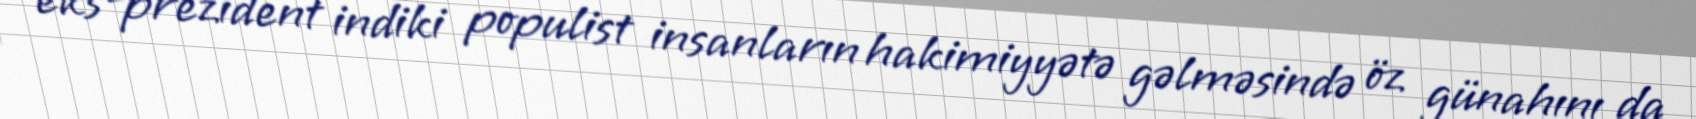
eks-prezident indiki populist insanların hakimiyyətə gəlməsində öz günahını da